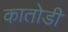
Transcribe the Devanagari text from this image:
कातोडी